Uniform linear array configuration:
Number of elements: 4
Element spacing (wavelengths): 0.25
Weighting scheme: hann
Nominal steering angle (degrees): -45
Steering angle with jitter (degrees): -44.372
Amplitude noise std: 0.05
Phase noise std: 0.05

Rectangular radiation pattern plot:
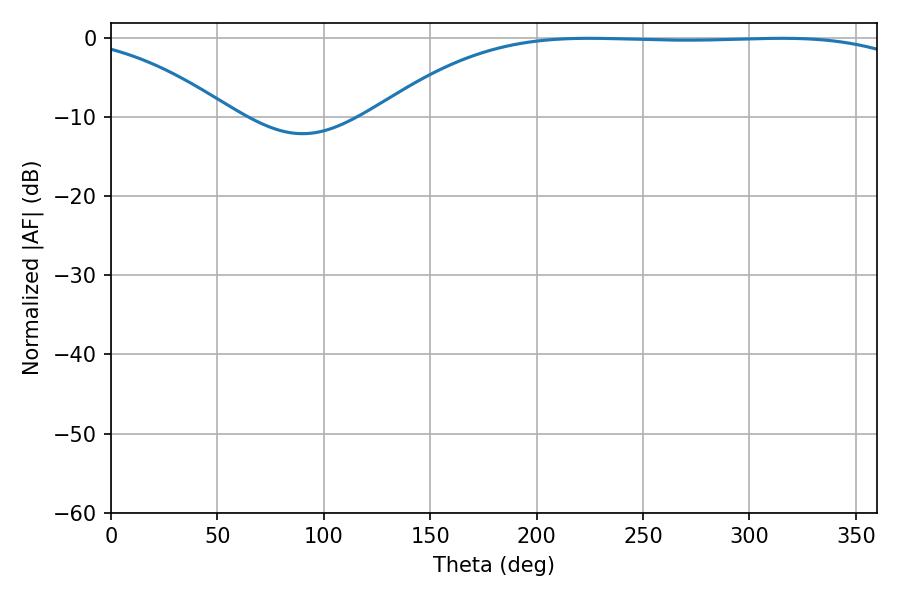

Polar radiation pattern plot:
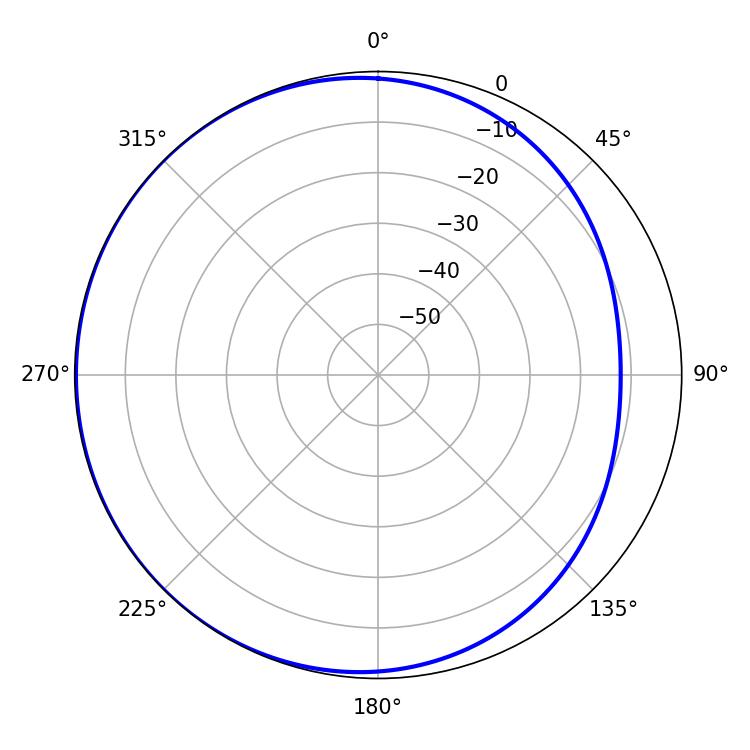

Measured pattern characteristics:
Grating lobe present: FALSE
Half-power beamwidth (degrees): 197.46
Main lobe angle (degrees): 224.82